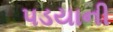
પડયાની